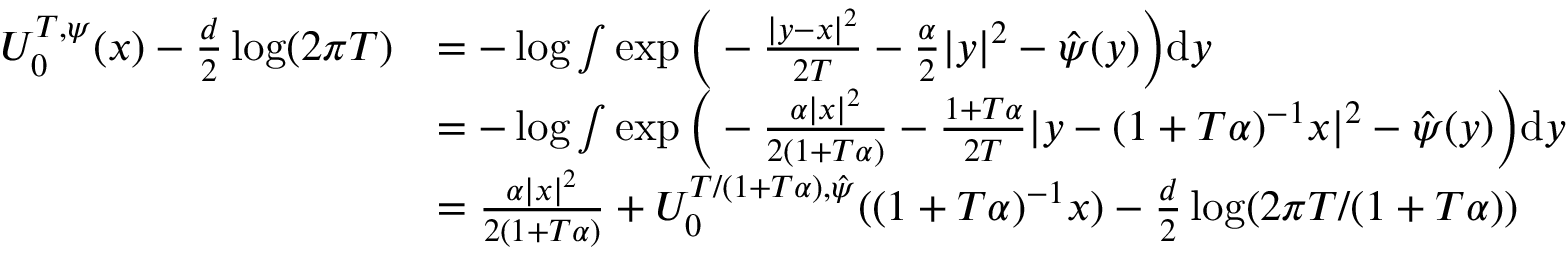
\begin{array} { r l } { U _ { 0 } ^ { T , \psi } ( x ) - \frac { d } { 2 } \log ( 2 \pi T ) } & { = - \log \int \exp \Big ( - \frac { | y - x | ^ { 2 } } { 2 T } - \frac { \alpha } { 2 } | y | ^ { 2 } - \hat { \psi } ( y ) \Big ) \mathrm { d } y } \\ & { = - \log \int \exp \Big ( - \frac { \alpha | x | ^ { 2 } } { 2 ( 1 + T \alpha ) } - \frac { 1 + T \alpha } { 2 T } | y - ( 1 + T \alpha ) ^ { - 1 } x | ^ { 2 } - \hat { \psi } ( y ) \Big ) \mathrm { d } y } \\ & { = \frac { \alpha | x | ^ { 2 } } { 2 ( 1 + T \alpha ) } + U _ { 0 } ^ { T / ( 1 + T \alpha ) , \hat { \psi } } ( ( 1 + T \alpha ) ^ { - 1 } x ) - \frac { d } { 2 } \log ( 2 \pi T / ( 1 + T \alpha ) ) } \end{array}